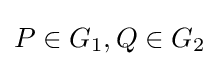
\textstyle P\in G_{1},Q\in G_{2}